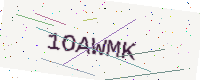
Text: 1OAWMK